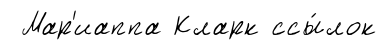
Мар'иаппа Кларк ссы́лок